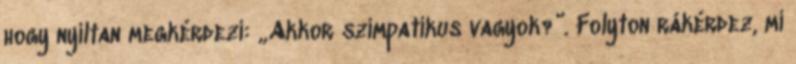
hogy nyíltan megkérdezi: „Akkor szimpatikus vagyok?”. Folyton rákérdez, mi